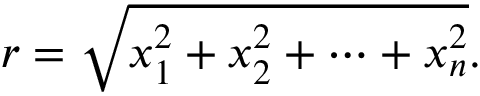
r = { \sqrt { x _ { 1 } ^ { 2 } + x _ { 2 } ^ { 2 } + \cdots + x _ { n } ^ { 2 } } } .